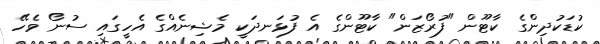
ކުޑަކުދިންގެ ކާޓޫން "ފުރޯޒަން" ކާޓޫންގެ އެ ފުޅަނދަކީ މެޝިނެއްގެ އެހީގައި ސުނޯ ވެހޭ